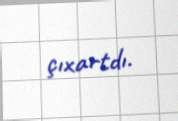
çıxartdı.